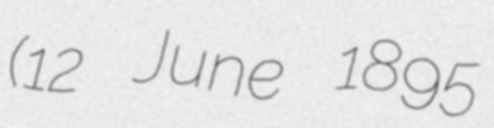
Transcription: (12 June 1895